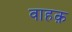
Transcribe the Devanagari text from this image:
वाहक़